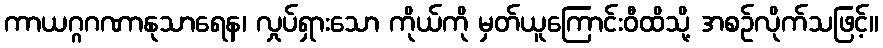
ကာယဂ္ဂဂဏာနုသာရေန၊ လှုပ်ရှားသော ကိုယ်ကို မှတ်ယူကြောင်းဝီထိသို့ အစဉ်လိုက်သဖြင့်။